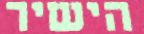
הישיר